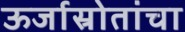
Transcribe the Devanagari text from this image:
ऊर्जास्रोतांचा